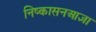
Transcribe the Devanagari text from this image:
निष्कासनआज्ञा